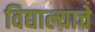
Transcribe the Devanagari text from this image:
विद्याल्याचे